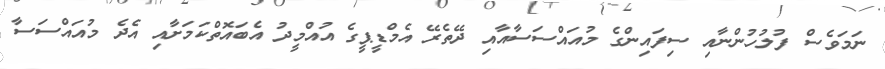
ނަމަވެސް ފުލުހުންނާއި ސިފައިންގެ މުއައްސަސާއާއި ދޭތެރޭ އެމްޑީޕީގެ އުއްމީދު އެބައޮތްކަމަށާއި އެދެ މުއައްސަސާ